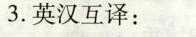
3.英汉互译: